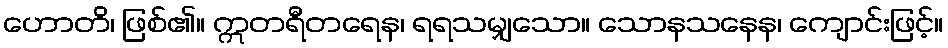
ဟောတိ၊ ဖြစ်၏။ ဣတရီတရေန၊ ရရသမျှသော။ သောနသနေန၊ ကျောင်းဖြင့်။